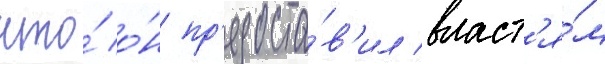
что́ о́н пр'едоста́в'ил власт'я́м